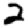
Digit: 2